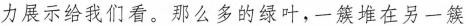
力展示给我们看。那么多的绿叶，一簇堆在另一簇